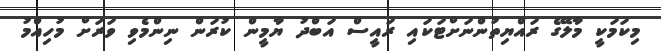
މިކަމަކީ މާލޭގެ ރައްޔިތުންނަށްޓަކައި ރައީސް އަބްދު ޔާމީން ކުރަން ނިންމެވި ވަަރަށް މުހިއްމު